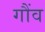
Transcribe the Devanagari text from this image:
गौंव